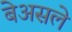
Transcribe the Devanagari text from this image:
बेअसले